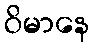
ဝိမာနေ